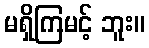
မရှိကြမင့် ဘူး။